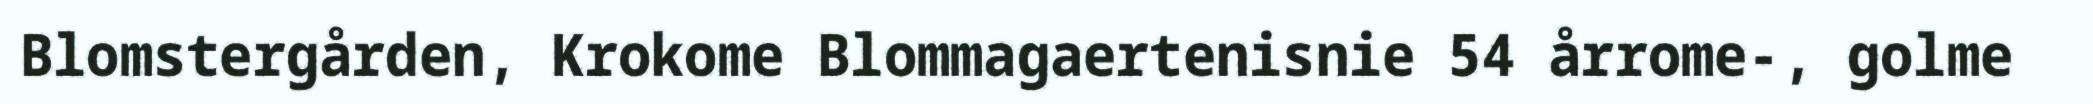
Blomstergården, Krokome Blommagaertenisnie 54 årrome-, golme